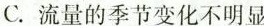
C.流量的季节变化不明显